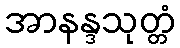
အာနန္ဒသုတ္တံ